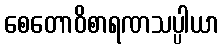
စေတောဝိစာရဏသပ္ပါယာ